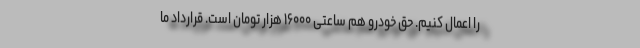
را اعمال کنیم. حق خودرو هم ساعتی ۱۶۰۰۰ هزار تومان است. قرارداد ما